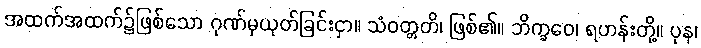
အထက်အထက်၌ဖြစ်သော ဂုဏ်မှယုတ်ခြင်းငှာ။ သံဝတ္တတိ၊ ဖြစ်၏။ ဘိက္ခဝေ၊ ရဟန်းတို့။ ပုန၊